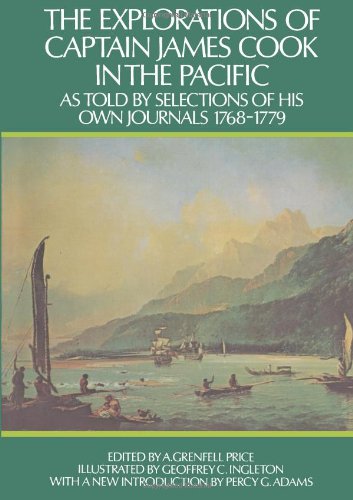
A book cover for The Explorations of Captain James Cook in the Pacific: As Told by Selections of His Own Journals; Capt. James Cook; History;